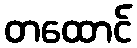
တထောင်